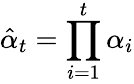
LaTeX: \hat{\alpha}_{t}=\prod_{i=1}^{t}\alpha_{i}